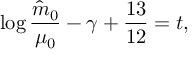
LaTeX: \log { \frac { \hat { m } _ { 0 } } { \mu _ { 0 } } } - \gamma + { \frac { 1 3 } { 1 2 } } = t ,